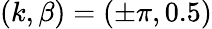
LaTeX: (k,\beta)=(\pm\pi,0.5)